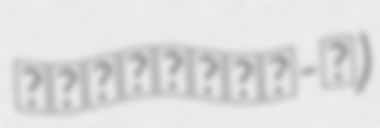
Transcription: شيخوپوره-١)